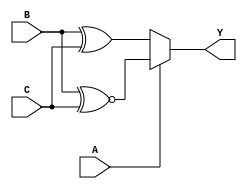


module tabla1_2a1(input wire A, B,C, output wire Y);
					
		assign Y = A ? (B~^C):(B^C);
		
endmodule

module tabla1_4a1(input wire A,B,  C, output wire Y);

		assign Y = A?(B? (C):(~C)):(B?(~C):(C));
		
endmodule 

module tabla1_8a1(input wire A,B,C,output wire Y);
		
		assign Y = A? (B? (C? 1:0):(C? 0:1)): (B? (C? 0:1):(C? 1:0));
		
endmodule

module tabla2_2a1(input wire A, B,C, output wire Y);

		assign Y = A? (B^C):(B~|C);

endmodule

module tabla2_4a1(input wire A,B,C, output wire Y);

		assign Y = A?(B? (~C):(C)):(B?(0):(~C));

endmodule

module tabla2_8a1(input wire A,B,C, output wire Y);
		
		assign Y = A? (B? (C? 0:1):(C? 1:0)):(B? (C? 0:0):(C? 0:1));

endmodule